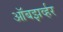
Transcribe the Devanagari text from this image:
ऑबझर्व्हर